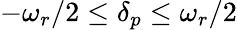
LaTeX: -\omega_{r}/2\leq\delta_{p}\leq\omega_{r}/2